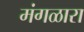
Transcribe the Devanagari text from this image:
मंगळारा